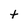
Character: t